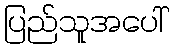
ပြည်သူအပေါ်